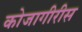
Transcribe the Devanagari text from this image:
कोजागीरीस